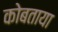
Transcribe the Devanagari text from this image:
कोबताया